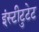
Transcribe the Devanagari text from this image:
इंस्टीटुटेट